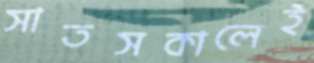
সাতসকালেই